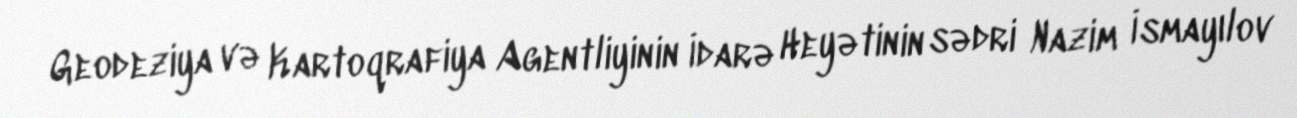
Geodeziya və Kartoqrafiya Agentliyinin İdarə Heyətinin sədri Nazim İsmayılov